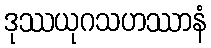
ဒုဿယုဂသဟဿာနံ